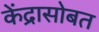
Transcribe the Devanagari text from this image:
केंद्रासोबत